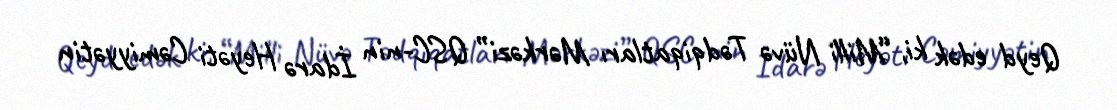
Qeyd edək ki, “Milli Nüvə Tədqiqatları Mərkəzi” QSC-nin İdarə Heyəti Cəmiyyətin